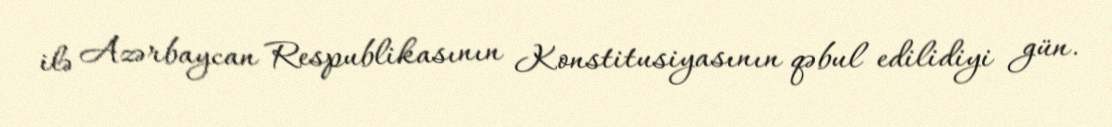
ilə Azərbaycan Respublikasının Konstitusiyasının qəbul edilidiyi gün.